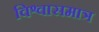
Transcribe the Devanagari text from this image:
विश्वासमात्र